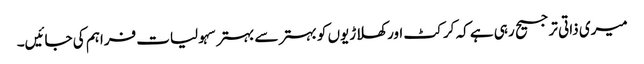
میری ذاتی ترجیح رہی ہے کہ کرکٹ اور کھلاڑیوں کو بہتر سے بہتر سہولیات فراہم کی جائیں۔